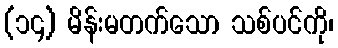
(၁၄) မိန်းမတက်သော သစ်ပင်ကို၊